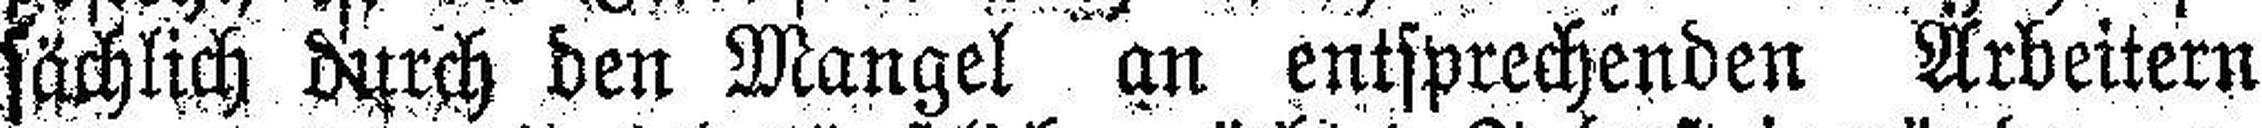
sächlich durch den Mangel an entsprechenden Arbeitern